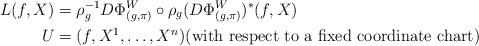
LaTeX: \begin{align*}L(f, X)&= \rho_g^{-1} D\Phi^W_{(g,\pi)} \circ \rho_g (D\Phi^W_{(g,\pi)})^*(f, X)\\U &= (f, X^1,\dots, X^n) \mbox{(with respect to a fixed coordinate chart)}\end{align*}